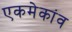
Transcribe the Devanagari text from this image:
एकमेकांव